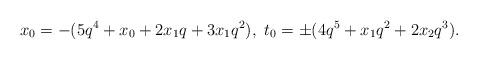
LaTeX: \begin{align*}x_0=-(5q^4+x_0+2x_1q+3x_1q^2),\ t_0=\pm(4q^5+x_1q^2+2x_2q^3).\end{align*}